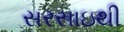
સરસાઇથી